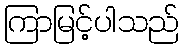
ကြာမြင့်ပါသည်